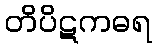
တိပိဋကဓရ